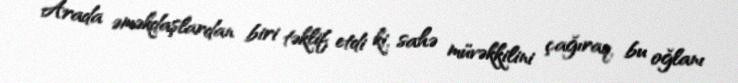
Arada əməkdaşlardan biri təklif etdi ki, sahə müvəkkilini çağıraq, bu oğlanı